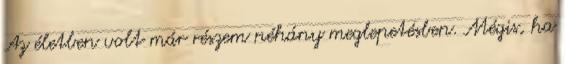
Az életben volt már részem néhány meglepetésben. Mégis, ha